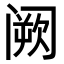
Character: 阙